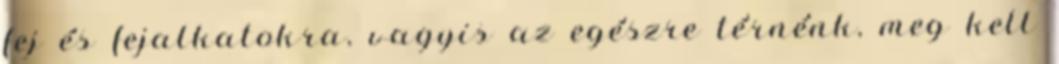
fej és fejalkatokra, vagyis az egészre térnénk, meg kell